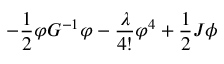
- \frac { 1 } { 2 } \varphi G ^ { - 1 } \varphi - \frac { \lambda } { 4 ! } \varphi ^ { 4 } + \frac { 1 } { 2 } J \phi